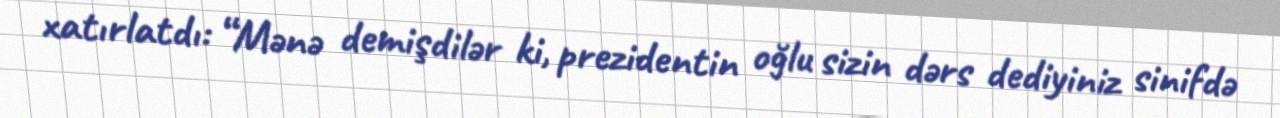
xatırlatdı: “Mənə demişdilər ki, prezidentin oğlu sizin dərs dediyiniz sinifdə